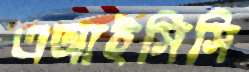
এআইসিসি